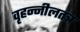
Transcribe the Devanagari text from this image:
वृहन्नीलतंत्र